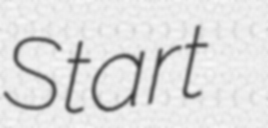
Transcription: Start